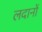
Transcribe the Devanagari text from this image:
लदानों